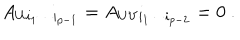
A _ { U i _ { 1 } \cdots i _ { p - 1 } } = A _ { U V i _ { 1 } \cdots i _ { p - 2 } } = 0 ~ .